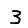
Digit: 3